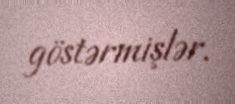
göstərmişlər.